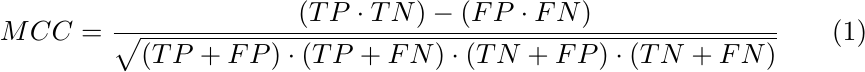
\begin{equation}
   MCC = \frac{(TP \cdot TN) - (FP \cdot FN)}{\sqrt{(TP + FP) \cdot (TP + FN) \cdot (TN + FP) \cdot (TN + FN)}}
\end{equation}